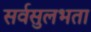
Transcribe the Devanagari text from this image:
सर्वसुलभता